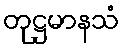
တုဋ္ဌမာနသံ